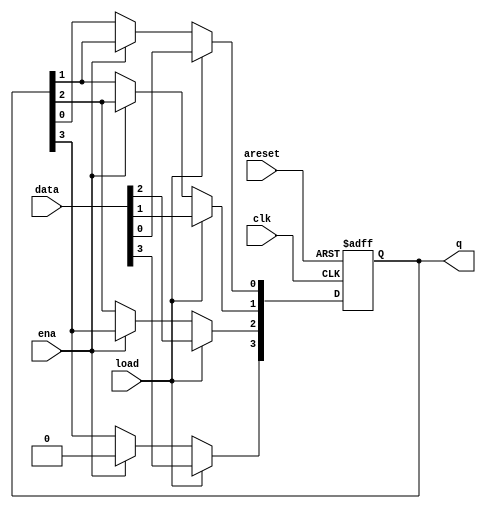


`timescale 1ns / 1ps

module top_module(
    input clk,
    input areset,  // async active-high reset to zero
    input load,
    input ena,
    input [3:0] data,
    output reg [3:0] q); 
    
    always @(posedge clk or posedge areset ) begin
        if(areset) q <= 0;
        else begin
            if(load)  q <= data;     
           else  if(ena) begin
               
                q[0] <= q[1];
                q[1] <= q[2];
                q[2] <= q[3];
                q[3] <= 0;
            end
        end
    end
	 
	 /*
	 
	 // The shift register has four modes:
	//   reset
	//   load
	//   enable shift
	//   idle -- preserve q (i.e., DFFs)
	 	always @(posedge clk, posedge areset) begin
		if (areset)		// reset
			q <= 0;
		else if (load)	// load
			q <= data;
		else if (ena)	// shift is enabled
			q <= q[3:1];	// Use vector part select to express a shift.
	end
	*/


endmodule